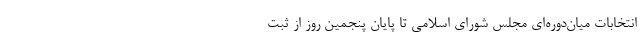
انتخابات میان‌دوره‌ای مجلس شورای اسلامی تا پایان پنجمین روز از ثبت